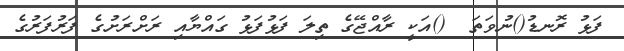
ފަޅު ރޮނޑު()ނުވަތަ  ()އަކީ ރާއްޖޭގެ ތިލަ ފަޅުފަޅު ގައްޔާއި ރަށްރަށުގެ ފަރުފަރުގެ